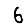
Digit: 6